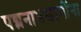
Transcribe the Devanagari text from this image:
पद्मनाभस्वामींना